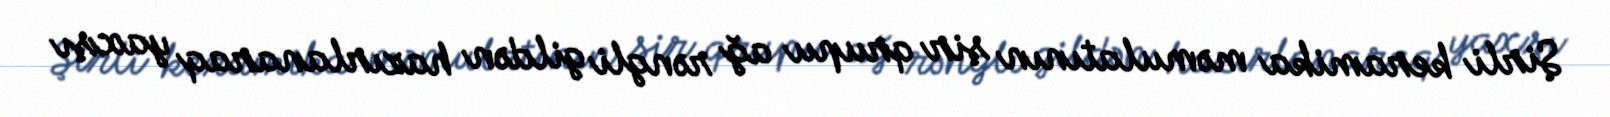
Şirli keramika məmulatının şir qrupu ağ rəngli gildən hazırlanaraq yaxşı